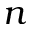
n